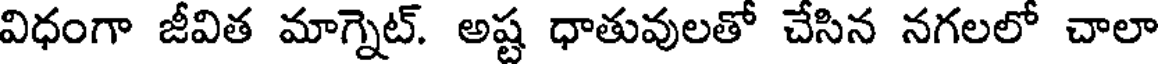
విధంగా జీవిత మాగ్నెట్. అష్ట ధాతువులతో చేసిన నగలలో చాలా